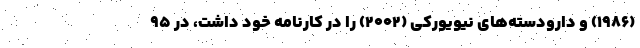
(۱۹۸۶) و دارودسته‌های نیویورکی (۲۰۰۲) را در کارنامه خود داشت، در ۹۵